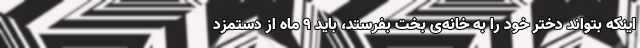
اینکه بتواند دختر خود را به خانه‌ی بخت بفرستد، باید ۹ ماه از دستمزد